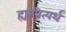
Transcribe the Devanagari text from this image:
ह्याप्रित्यर्थ